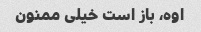
اوه، باز است خیلی ممنون